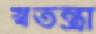
স্বতন্ত্রা